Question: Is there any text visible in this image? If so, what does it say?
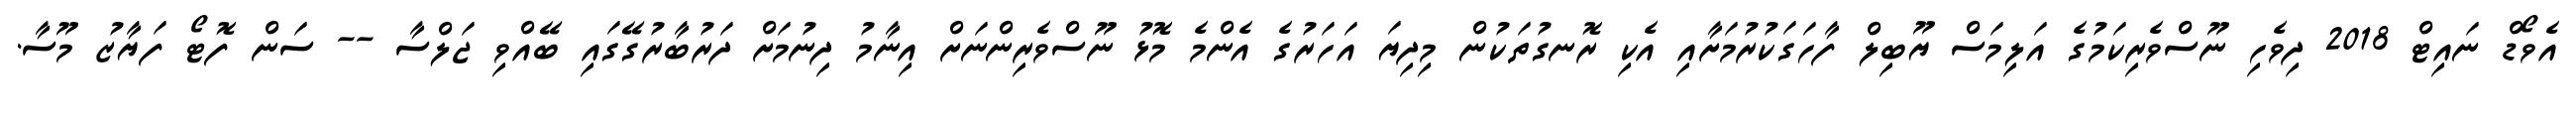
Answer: އެވޯޑް ނައިޓް 2018 ދިވެހި ނޫސްވެރިކަމުގެ އަލިމަސް ޔޫބިލް ފާހަގަކުރުމަށާއި އެކި ރޮނގުތަކުން މިދިޔަ އަހަރުގެ އެންމެ މޮޅު ނޫސްވެރިންނަށް އިނާމު ދިނުމަށް ދަރުބާރުގޭގައި ބޭއްވި ޖަލްސާ -- ސަން ފޮޓޯ ފަޔާޒު މޫސާ.